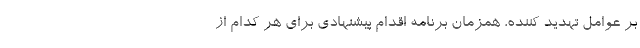
بر عوامل تهدید کننده، همزمان برنامه اقدام پیشنهادی برای هر کدام از